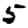
Digit: 5